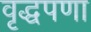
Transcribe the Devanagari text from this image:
वृद्धपणा